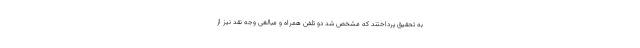
به تحقیق پرداختند که مشخص شد دو تلفن همراه و مبالغی وجه نقد نیز از